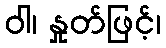
ဝါ၊ နှုတ်ဖြင့်၊